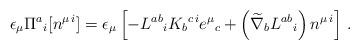
LaTeX: \begin{align*}\epsilon_\mu \Pi^a{}_{i} [n^{\mu\,i}] = \epsilon_\mu \left[ - L^{a b}{}_i K_{b}{}^{c\,i} e^\mu{}_c + \left( \widetilde{\nabla}_b L^{a b}{}_i \right) n^{\mu\,i}\right]\,.\end{align*}